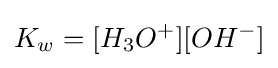
{K_{w}}=[H_{3}O^{+}][OH^{-}]